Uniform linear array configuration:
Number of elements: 48
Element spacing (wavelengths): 0.5
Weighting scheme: kaiser
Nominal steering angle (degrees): -60
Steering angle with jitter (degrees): -59.398
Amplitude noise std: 0.05
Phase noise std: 0.05

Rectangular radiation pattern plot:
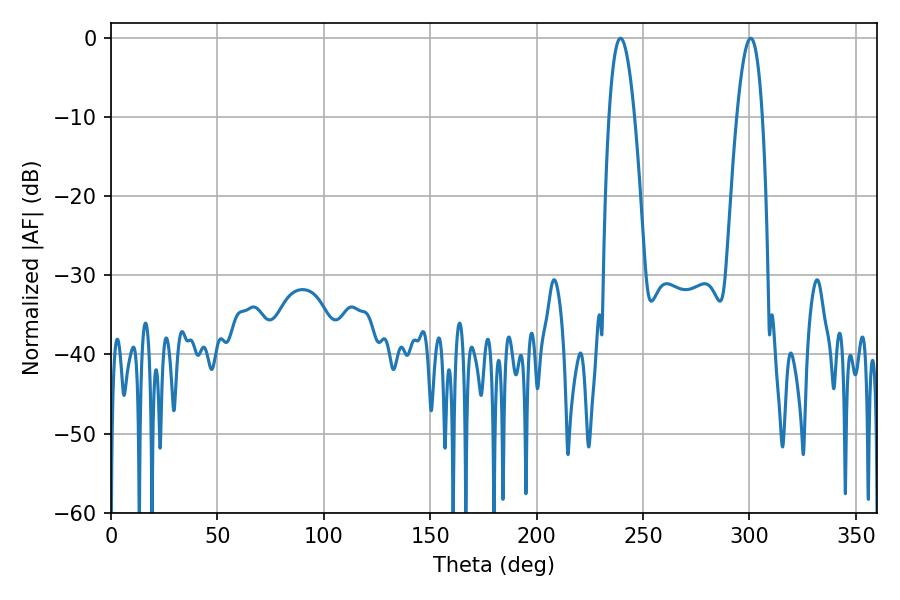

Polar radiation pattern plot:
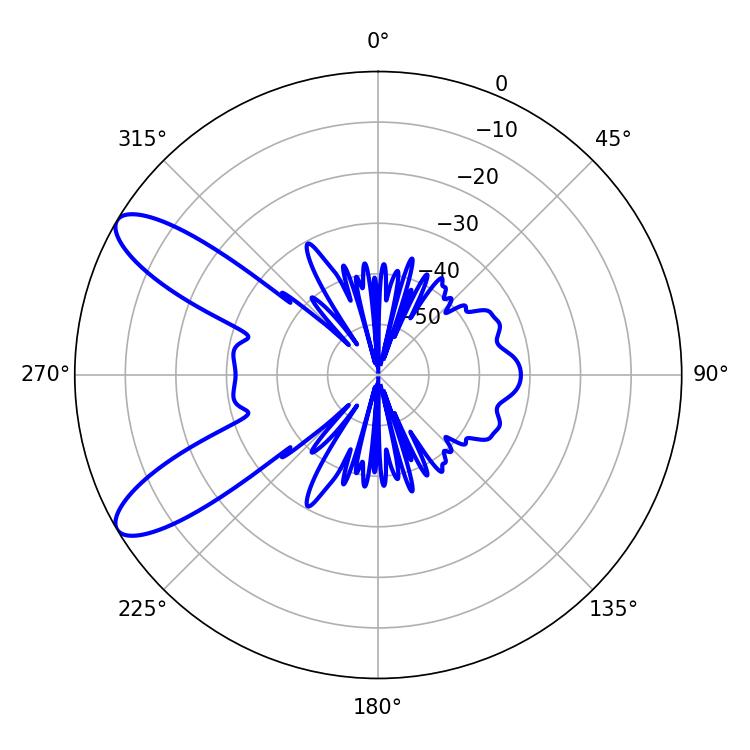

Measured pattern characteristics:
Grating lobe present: FALSE
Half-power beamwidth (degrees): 6.48
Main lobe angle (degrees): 239.4